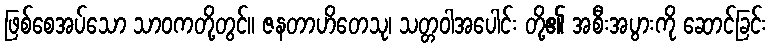
ဖြစ်စေအပ်သော သာဝကတို့တွင်။ ဇနတာဟိတေသု၊ သတ္တဝါအပေါင်း တို့၏ အစီးအပွားကို ဆောင်ခြင်း